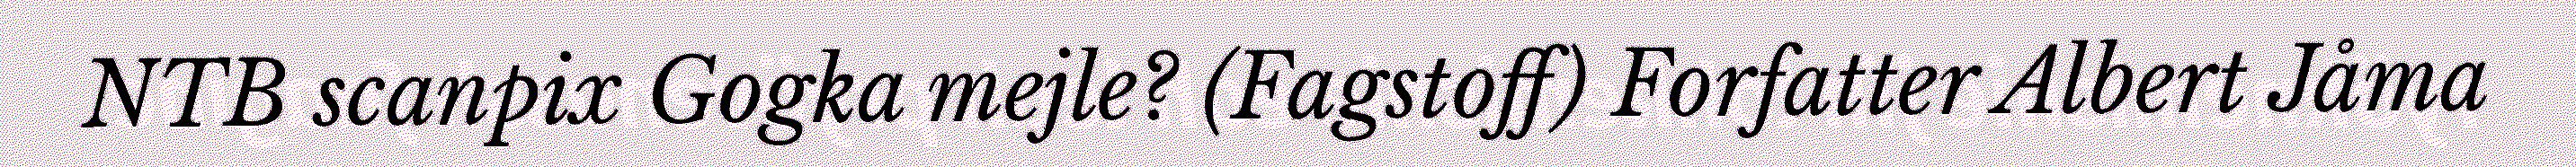
NTB scanpix Gogka mejle? (Fagstoff) Forfatter Albert Jåma